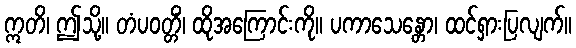
ဣတိ၊ ဤသို့။ တံပဝတ္တိံ၊ ထိုအကြောင်းကို။ ပကာသေန္တော၊ ထင်ရှားပြလျက်။